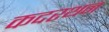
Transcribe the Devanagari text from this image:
कदरथन